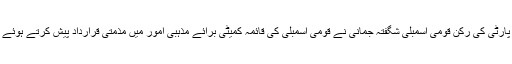
اطلاعات کے مطابق یزید ملعون کے وکیل صفائی مفتی منیب الرحمان کیخلاف پاکستان پیپلز پارٹی کی رکن قومی اسمبلی شگفتہ جمانی نے قومی اسمبلی کی قائمہ کمیٹی برائے مذہبی امور میں مذمتی قرارداد پیش کرتے ہوئے مفتی منیب الرحمان کو رویت ہلال کمیٹی کی سربراہی سے برطرف کرنے کا مطالبہ کر دیا۔